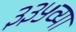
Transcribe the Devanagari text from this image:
३३५व्या